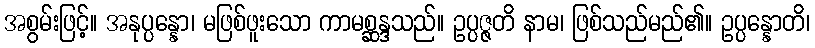
အစွမ်းဖြင့်။ အနုပ္ပန္နော၊ မဖြစ်ဖူးသော ကာမစ္ဆန္ဒသည်။ ဥပ္ပဇ္ဇတိ နာမ၊ ဖြစ်သည်မည်၏။ ဥပ္ပန္နောတိ၊